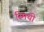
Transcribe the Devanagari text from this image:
स्मिथी